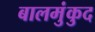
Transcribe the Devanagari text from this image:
बालमुंकुद